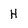
Character: H